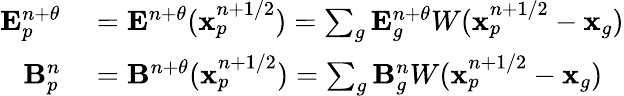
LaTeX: \begin{array}{rl}{\mathbf{E}_{p}^{n+\theta}}&{{}=\mathbf{E}^{n+\theta}(\mathbf{x}_{p}^{n+1/2})=\sum_{g}\mathbf{E}_{g}^{n+\theta}W(\mathbf{x}_{p}^{n+1/2}-\mathbf{x}_{g})}\\ {\mathbf{B}_{p}^{n}}&{{}=\mathbf{B}^{n+\theta}(\mathbf{x}_{p}^{n+1/2})=\sum_{g}\mathbf{B}_{g}^{n}W(\mathbf{x}_{p}^{n+1/2}-\mathbf{x}_{g})}\end{array}